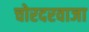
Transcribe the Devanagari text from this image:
चोरदरवाजा